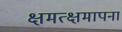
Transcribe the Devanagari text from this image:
क्षमत्क्षमापना